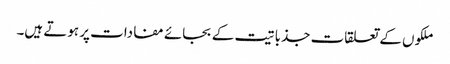
ملکوں کے تعلقات جذباتیت کے بجائے مفادات پر ہوتے ہیں۔